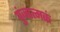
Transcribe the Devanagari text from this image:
पुंजात्मकं